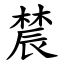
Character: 辳